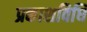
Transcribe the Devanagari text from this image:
प्रकाशविधि